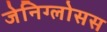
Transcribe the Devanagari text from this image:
जेनिग्लोसस